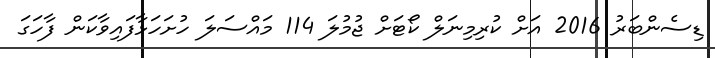
ޑިސެންބަރު 2016 އަށް ކުރިމިނަލް ކޯޓަށް ޖުމުލަ 114 މައްސަލަ ހުށަހަޅާފައިވާކަން ފާހަގަ